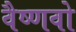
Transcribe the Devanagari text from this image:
वैष्‍णवो